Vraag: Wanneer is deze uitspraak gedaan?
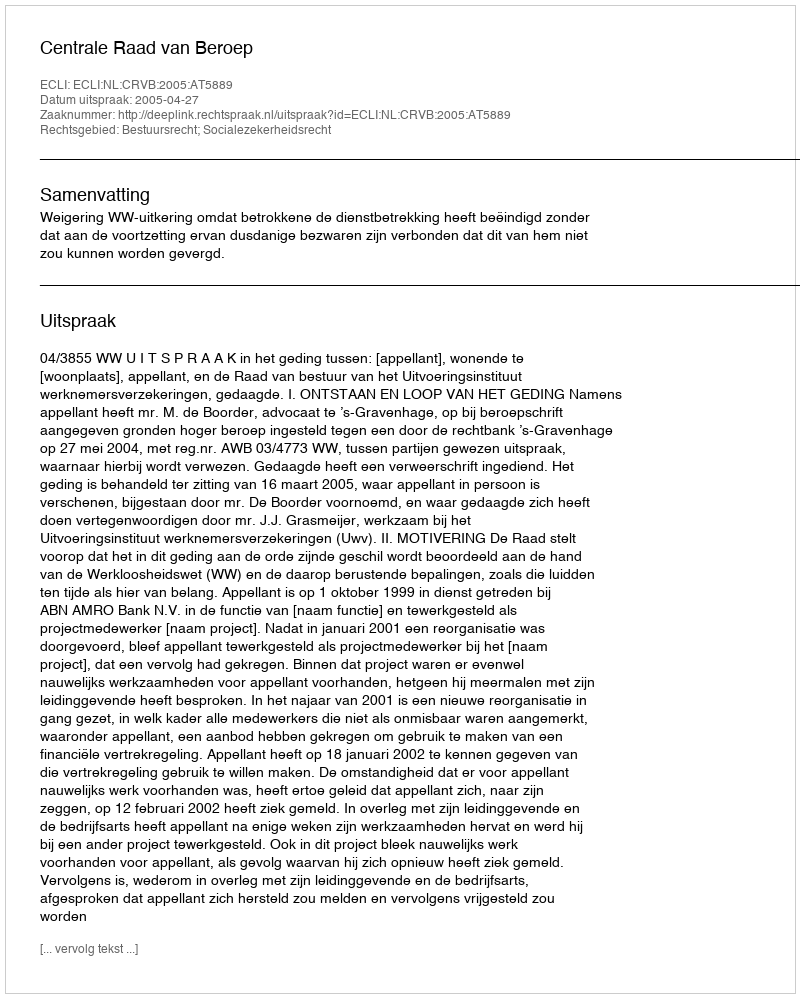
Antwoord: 2005-04-27